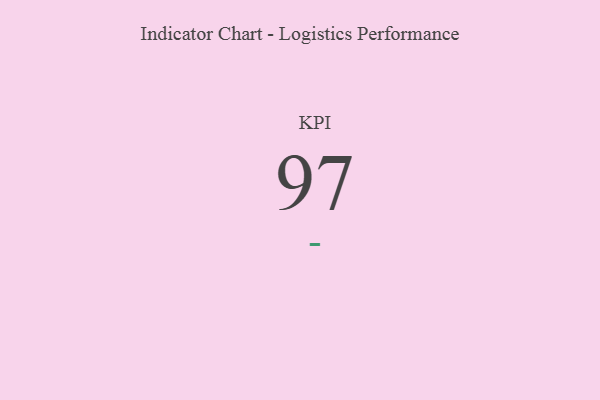
{"axis": {"x": "KPI", "y": "Value"}, "legend": [""], "data": [{"x": "KPI", "y": 97, "type": ""}]}